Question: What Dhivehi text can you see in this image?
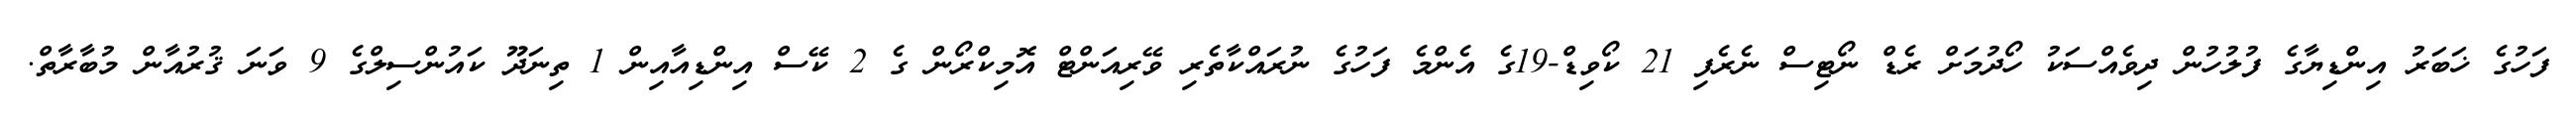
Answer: ފަހުގެ ޚަބަރު އިންޑިޔާގެ ފުލުހުން ދިވެއްސަކު ހޯދުމަށް ރެޑް ނޯޓިސް ނެރެފި 21 ކޯވިޑް-19ގެ އެންމެ ފަހުގެ ނުރައްކާތެރި ވޭރިއަންޓް އޮމިކްރޯން ގެ 2 ކޭސް އިންޑިއާއިން 1 ތިނަދޫ ކައުންސިލްގެ 9 ވަނަ ޤުރުއާން މުބާރާތް.